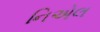
નિએલ